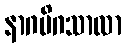
နာဂမိဂသာလာ